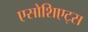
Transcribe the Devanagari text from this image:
एसोशिएट्स